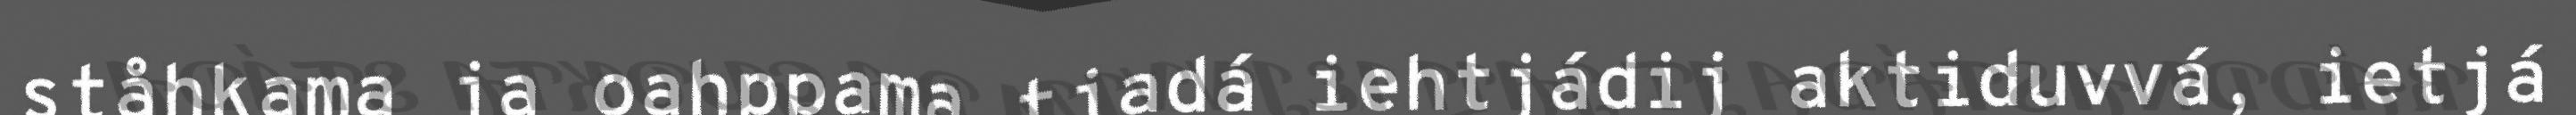
ståhkama ja oahppama tjadá iehtjádij aktiduvvá, ietjá